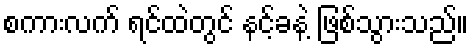
စကားလက် ရင်ထဲတွင် နင့်ခနဲ့ ဖြစ်သွားသည်။